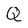
Character: Q